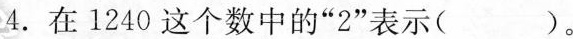
4.在1240这个数中的“2”表示( )。